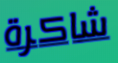
شاكرة